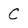
Character: C